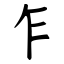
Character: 乍